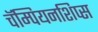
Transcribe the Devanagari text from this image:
चॅम्पियनशिप्स